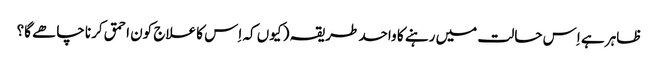
ظاہر ہے اِس حالت میں رہنے کا واحد طریقہ ( کیوں کہ اِس کا علاج کون احمق کرنا چاھے گا؟